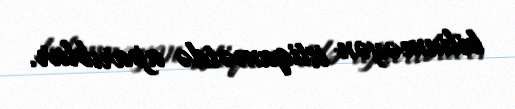
bilinməyən istiqamətdə aparıblar.